Vaccine operations Central Provinces 1868-1885 - 1868-1885
Year: 1868
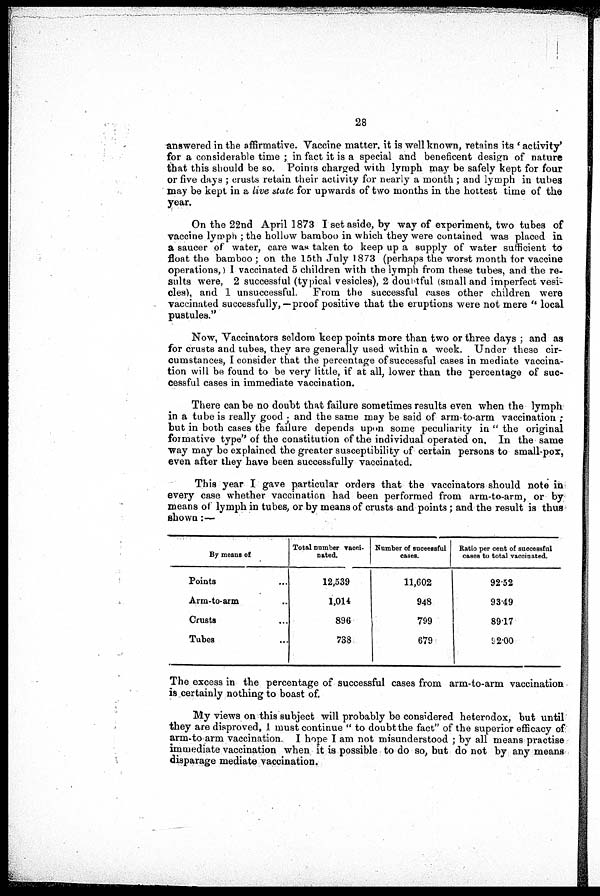
28
answered in the affirmative. Vaccine matter, it is well known, retains its ' activity'
for a considerable time ; in fact it is a special and beneficent design of nature
that this should be so. Points charged with lymph may be safely kept for four
or five days ; crusts retain their activity for nearly a month ; and lymph in tubes
may be kept in a live state for upwards of two months in the hottest time of the
year.
On the 22nd April 1873 I set aside, by way of experiment, two tubes of
vaccine lymph ; the hollow bamboo in which they were contained was placed in
a saucer of water, care was taken to keep up a supply of water sufficient to
float the bamboo ; on the 15th July 1873 (perhaps the worst month for vaccine
operations,) I vaccinated 5 children with the lymph from these tubes, and the re-
sults were, 2 successful (typical vesicles), 2 doubtful (small and imperfect vesi-
cles), and 1 unsuccessful. From the successful cases other children were
vaccinated successfully,—proof positive that the eruptions were not mere " local
pustules."
Now, Vaccinators seldom keep points more than two or three days ; and as
for crusts and tubes, they are generally used within a week. Under these cir-
cumstances, I consider that the percentage of successful cases in mediate vaccina-
tion will be found to be very little, if at all, lower than the percentage of suc-
cessful cases in immediate vaccination.
There can be no doubt that failure sometimes results even when the lymph
in a tube is really good ; and the same may be said of arm-to-arm vaccination ;
but in both cases the failure depends upon some peculiarity in " the original
formative type" of the constitution of the individual operated on. In the same
way may be explained the greater susceptibility of certain persons to small-pox,
even after they have been successfully vaccinated.
This year I gave particular orders that the vaccinators should note in
every case whether vaccination had been performed from arm-to-arm, or by
means of lymph in tubes, or by means of crusts and points; and the result is thus
shown:—
By means of
Points ...
Arm-to-arm ...
Crusts ...
Tubes ...
Total number vacci-
nated.
12,539
1,014
896
738
Number of successful
cases.
11,602
948
799
679
Ratio per cent of successful
cases to total vaccinated.
92.52
93.49
89.17
92.00
The excess in the percentage of successful cases from arm-to-arm vaccination
is certainly nothing to boast of.
My views on this subject will probably be considered heterodox, but until
they are disproved, I must continue " to doubt the fact" of the superior efficacy of
arm to arm vaccination. I hope I am not misunderstood ; by all means practise
immediate vaccination when it is possible to do so, but do not by any means
disparage mediate vaccination.